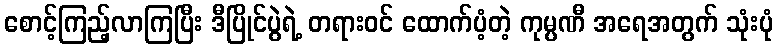
စောင့်ကြည့်လာကြပြီး ဒီပြိုင်ပွဲရဲ့ တရားဝင် ထောက်ပံ့တဲ့ ကုမ္ပဏီ အရေအတွက် သုံးပုံ